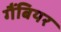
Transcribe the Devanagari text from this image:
गैंबियर